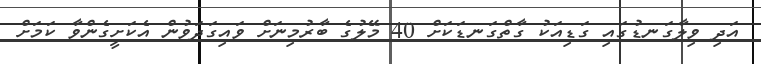
އަދި ވިލާގަނޑުގައި ގަޑިއަކު ގާތްގަނޑަކަށް 40 މޭލުގެ ބާރުމިނަށް ވައިގަދަވުން އެކަށީގެންވާ ކަމަށް